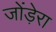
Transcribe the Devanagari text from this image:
जोंड़ेरा